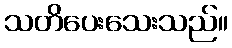
သတိပေးသေးသည်။